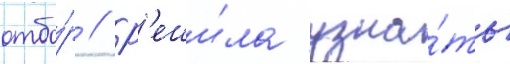
отбо́р // Р'еши́ла узна́ть